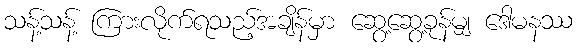
သန့်သန့် ကြားလိုက်ရသည့်အချိန်မှာ ဆွေ့ဆွေ့ခုန်မျှ ဒေါမနဿ